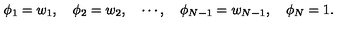
\phi _ { 1 } = w _ { 1 } , \quad \phi _ { 2 } = w _ { 2 } , \quad \cdots , \quad \phi _ { N - 1 } = w _ { N - 1 } , \quad \phi _ { N } = 1 .